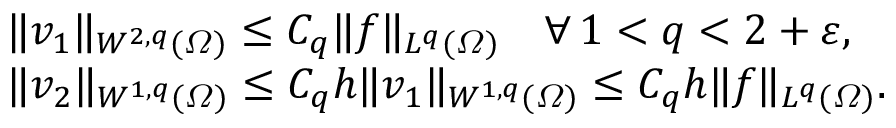
\begin{array} { r l } & { \| v _ { 1 } \| _ { W ^ { 2 , q } ( \varOmega ) } \leq C _ { q } \| f \| _ { L ^ { q } ( \varOmega ) } \quad \forall \, 1 < q < 2 + \varepsilon , } \\ & { \| v _ { 2 } \| _ { W ^ { 1 , q } ( \varOmega ) } \leq C _ { q } h \| v _ { 1 } \| _ { W ^ { 1 , q } ( \varOmega ) } \leq C _ { q } h \| f \| _ { L ^ { q } ( \varOmega ) } . } \end{array}